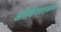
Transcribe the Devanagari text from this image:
अतिवीजवाहकतेवर